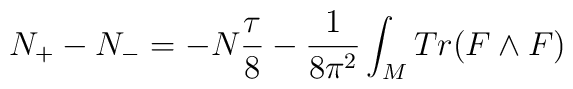
N_+ - N_- = -N{\tau \over 8} - {1\over{8\pi^2}}\int_M Tr(F\wedge F)